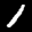
Label: 1